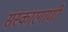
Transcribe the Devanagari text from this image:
संस्कारगाणी